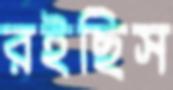
রইছিস